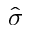
\hat { \boldsymbol \sigma }